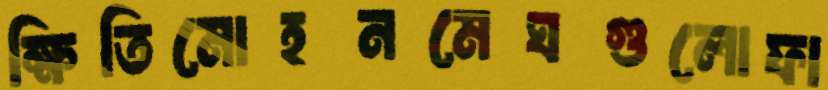
ক্ষিতিমোহনমেঘগুলোফা